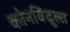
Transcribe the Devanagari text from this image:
कोनबिंदूला